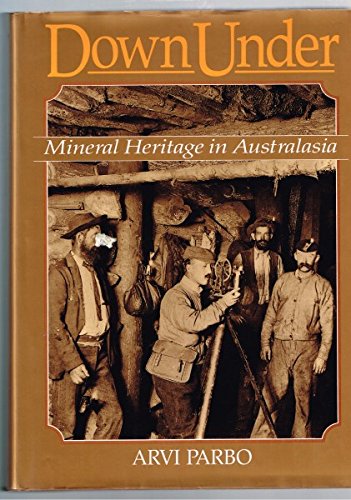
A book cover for Down under: Mineral heritage in Australasia : an illustrated history of mining and metallurgy in Australia, New Zealand, Fiji and Papua New Guinea (Monograph); Arvi Parbo; History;